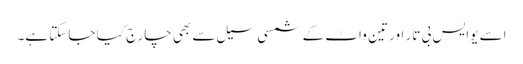
اسے یوایس بی تار اور تین واٹ کے شمسی سیل سے بھی چارج کیا جاسکتا ہے۔